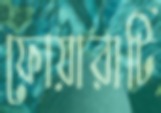
ফোয়ারাটি